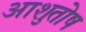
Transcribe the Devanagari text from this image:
अाशुतोष